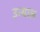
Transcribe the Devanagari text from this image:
उन्याल